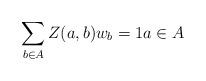
LaTeX: \begin{align*}\sum_{b \in A} Z(a,b) w_b = 1 a \in A\end{align*}